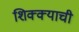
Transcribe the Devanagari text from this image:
शिक्क्याची